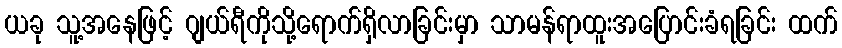
ယခု သူ့အနေဖြင့် ဂျယ်ရီကိုသို့ရောက်ရှိလာခြင်းမှာ သာမန်ရာထူးအပြောင်းခံရခြင်း ထက်